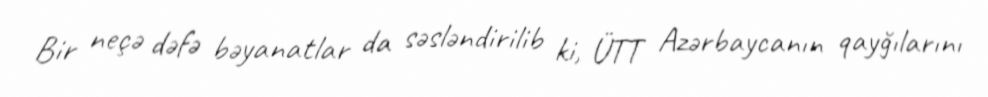
Bir neçə dəfə bəyanatlar da səsləndirilib ki, ÜTT Azərbaycanın qayğılarını